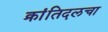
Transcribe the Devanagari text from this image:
क्रांतिदलचा